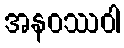
အနဝဿဝါ